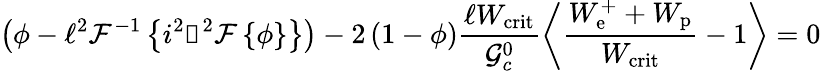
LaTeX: \left(\phi-\ell^{2}\mathcal{F}^{-1}\left\{ i^{2}\boldsymbol{\upxi}^{2}\mathcal{F}\left\{ \phi\right\} \right\} \right)-2\left(1-\phi\right)\frac{\ell W_{\mathrm{crit}}}{\mathcal{G}_{c}^{0}}\left\langle\frac{W_{\mathrm{e}}^{+}+W_{\mathrm{p}}}{W_{\mathrm{crit}}}-1\right\rangle=0